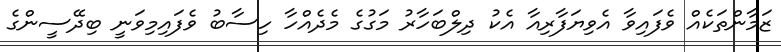
ޒަމާންތަކެއް ވެފައިވާ އެވިޔަފާރިއާ އެކު ދިލްބަހާރު މަގުގެ މެދެއްހާ ހިސާބު ވެފައިމިވަނީ ބިދޭސީންގެ